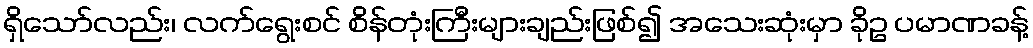
ရှိသော်လည်း၊ လက်ရွေးစင် စိန်တုံးကြီးများချည်းဖြစ်၍ အသေးဆုံးမှာ ခိုဥ ပမာဏခန့်